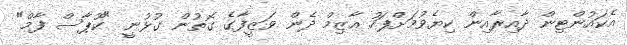
އެކައުންޓިން ދާއިރާއިން ކިޔެވުމަށްފަހު އާޒިމް ދެން ވަޒީފާގެ ގޮތުން ގުޅުނީ "ކޫޕާސް ފާމް"